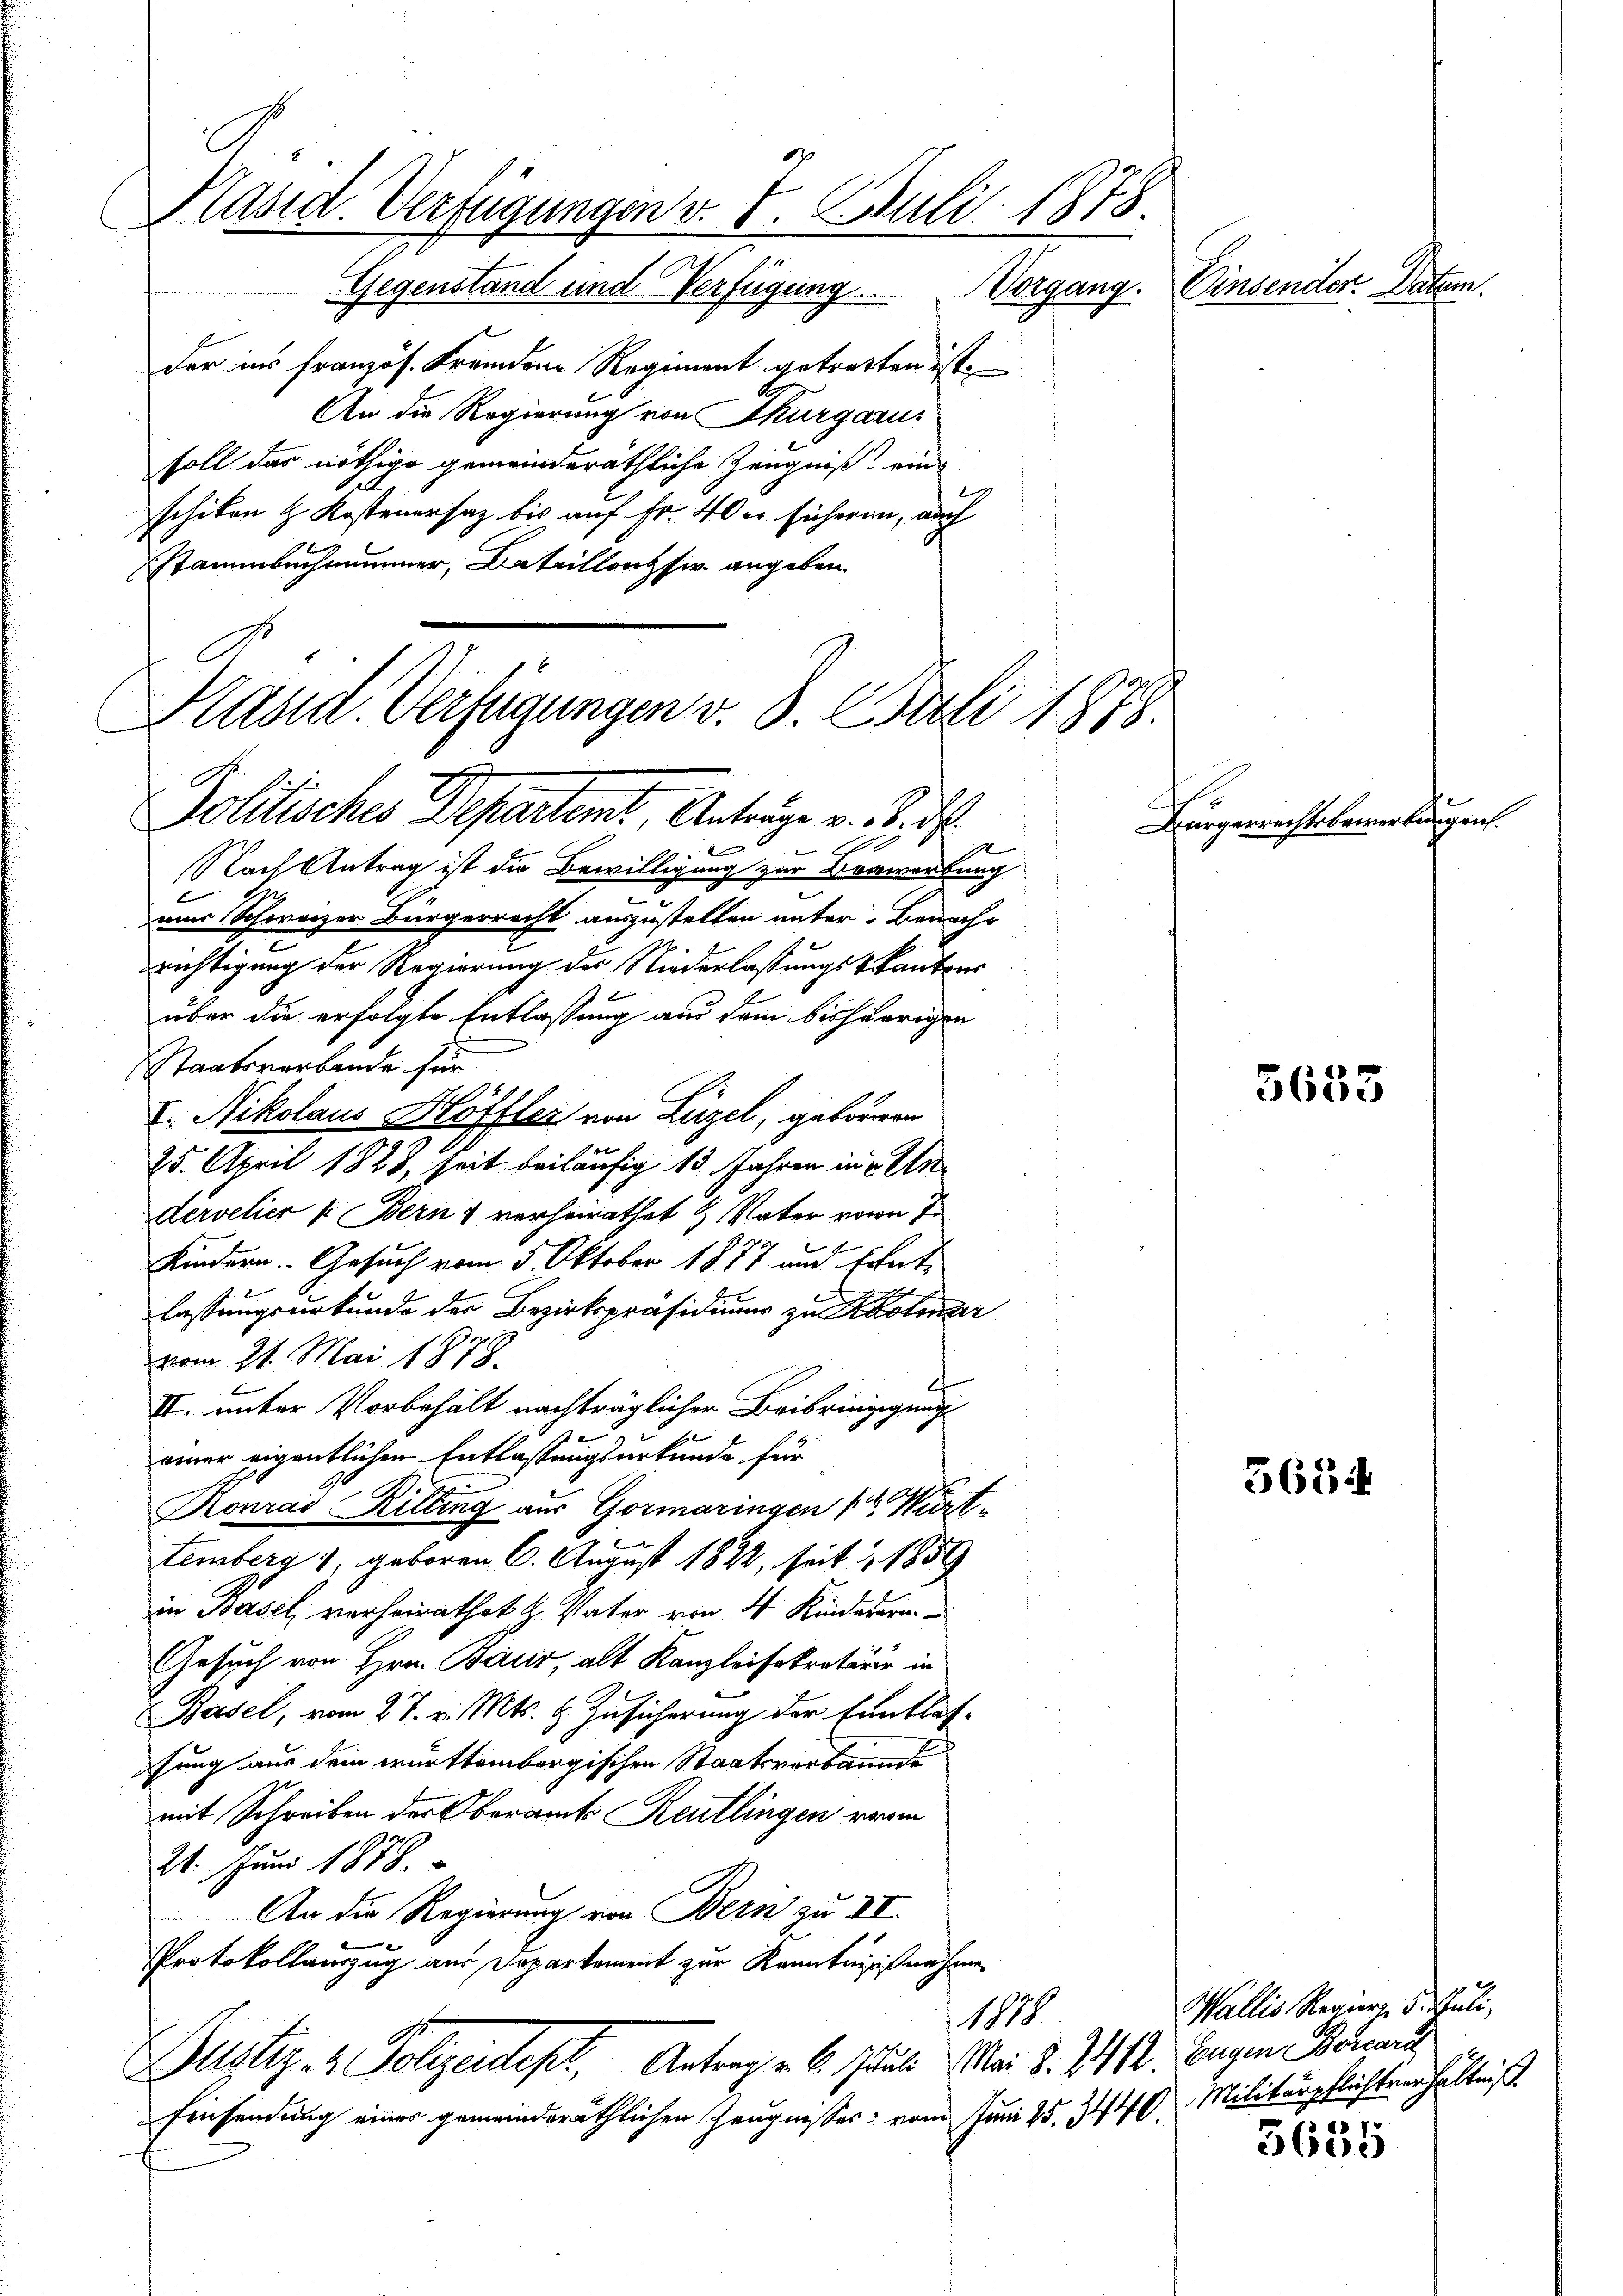
Päsid. Verfügungen v. 7. Juli 1878.

Gegenstand und Verfügung
der ins französ. Fremden Regiment getretten ist.
An die Regierung von Thurgarus
soll das nöthige gemeinderäthliche Zeugniß eine
schiken H. Kostenersaz bis auf Fr. 40 er sicheren, auch
Stammbachimmer, Bataillonser angeben.

Kasin. Verfügungen v. 8. Apuli 1878.
Politisches Departent, Antrage v. 3. d.

10
Nach Antrag ist die Bewilligung zur Verwartung
x
mir Schweizer Bürgerrecht auszustellen unter- Benach-
richtigung der Regierung der Niederlassungskantons
über die erfolgte Entlassung aus dem bisherigen
Staatsverbande für
I. Nikolaus Höffler von Luzel, geboren
25. April 1828, seit beiläufig 13 Jahren in Andervelier (: Bern & verheirathet & Vater von 7
Kindern. Gesuch vom 5. Oktober 1877 und Ernte
lassungsurkunde der Bezirkspräsidium zu Kolmar
vom 21. Mai 1878.
II. unter Vorbehält nachträglicher Beibringigung
einer eigentlichen Entlassungsurkunde für
Ronrad Rilling aus Gormaringen 1r Würts
temberg 1, geboren 6. August 1822, seit 1859
in Basel, verheirathet H. Vater von 4 Kinderern
Gesuch von Hrn. Baur, alt Kanzleisekretärer in
Basel, vom 27. v. Mts. & Zusicherung der Entlas-
sung aus dem württembergischen Staatsverbannde
mit Schreiben der Oberamts Reutlingen verm
21. Juni 1878.
An die Regierung von Bern zu VI.
Protokollauszug aus Departement zur Kenntnisnahme
1878
Bustiz- & Polizeidept, Antrag v. 6. Juli Mai d. 1412. beigen Brand
Einsendung einer gemeinderäthlichen Zeugnisses vom Juni 15. 3440.

Einsender. Dar
Begang

He

bre

5653

5654

Wallis Regier 5. Juli,
Militärpflichtverhältniß

3635

e